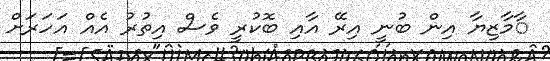
ާމާޒިޔާ އިން ބުނީ އިރޭ އާއި ބޮކުރީ ވެސް އިތުރު އެއް އަހަރަށް